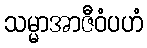
သမ္မာအာဇီဝံပဟံ